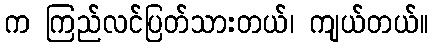
က ကြည်လင်ပြတ်သားတယ်၊ ကျယ်တယ်။